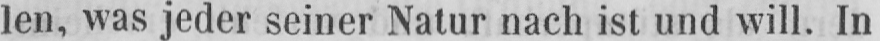
len, was jeder seiner Natur nach ist und will. In